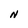
Character: N